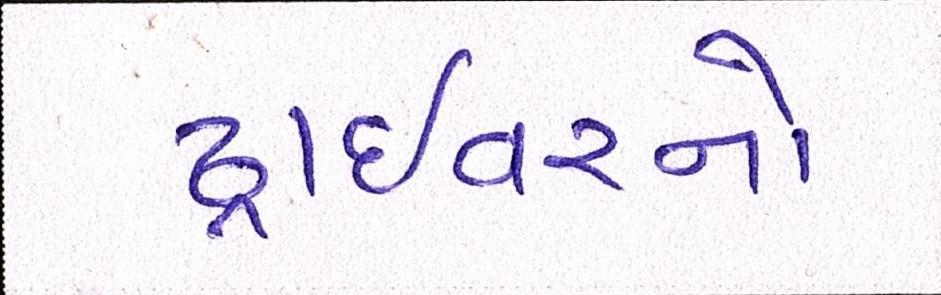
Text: ડ્રાઇવરનો